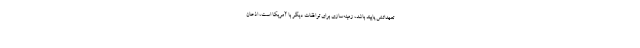
تعهداتش پایبند باشد، زمینه‌سازی برای توافقات دیگر با آمریکا است، اذعان